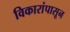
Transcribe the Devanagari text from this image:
विकारांपासून